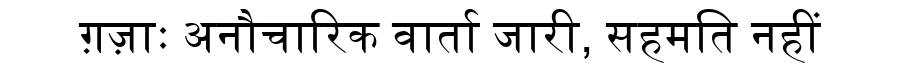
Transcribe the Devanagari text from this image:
ग़ज़ाः अनौचारिक वार्ता जारी, सहमति नहीं